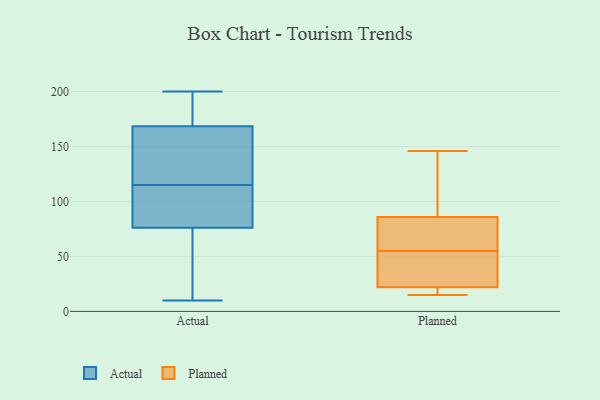
{"axis": {"x": "Backlog", "y": "Value"}, "legend": ["Actual", "Planned"], "data": [{"x": "", "y": 199, "type": "Actual"}, {"x": "", "y": 200, "type": "Actual"}, {"x": "", "y": 140, "type": "Actual"}, {"x": "", "y": 77, "type": "Actual"}, {"x": "", "y": 131, "type": "Actual"}, {"x": "", "y": 10, "type": "Actual"}, {"x": "", "y": 159, "type": "Actual"}, {"x": "", "y": 178, "type": "Actual"}, {"x": "", "y": 190, "type": "Actual"}, {"x": "", "y": 100, "type": "Actual"}, {"x": "", "y": 55, "type": "Actual"}, {"x": "", "y": 90, "type": "Actual"}, {"x": "", "y": 75, "type": "Actual"}, {"x": "", "y": 130, "type": "Actual"}, {"x": "", "y": 73, "type": "Actual"}, {"x": "", "y": 84, "type": "Actual"}, {"x": "", "y": 54, "type": "Planned"}, {"x": "", "y": 15, "type": "Planned"}, {"x": "", "y": 22, "type": "Planned"}, {"x": "", "y": 86, "type": "Planned"}, {"x": "", "y": 56, "type": "Planned"}, {"x": "", "y": 62, "type": "Planned"}, {"x": "", "y": 21, "type": "Planned"}, {"x": "", "y": 143, "type": "Planned"}, {"x": "", "y": 146, "type": "Planned"}, {"x": "", "y": 36, "type": "Planned"}]}